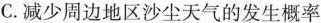
C.减少周边地区沙尘天气的发生概率